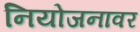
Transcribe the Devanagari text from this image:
नियोजनावर